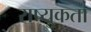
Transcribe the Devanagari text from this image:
राष्युकता